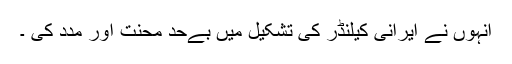
انہوں نے ایرانی کیلنڈر کی تشکیل میں بےحد محنت اور مدد کی ۔